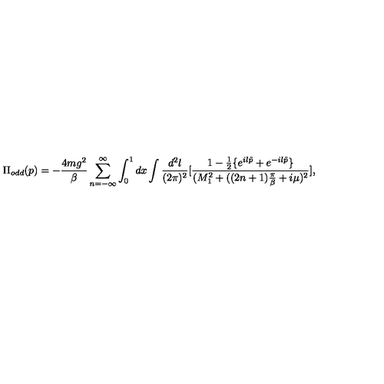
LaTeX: \Pi _ { o d d } ( p ) = - \frac { 4 m g ^ { 2 } } { \beta } \sum _ { n = - \infty } ^ { \infty } \int _ { 0 } ^ { 1 } d x \int \frac { d ^ { 2 } l } { ( 2 \pi ) ^ { 2 } } [ \frac { 1 - \frac { 1 } { 2 } \{ e ^ { i l \tilde { p } } + e ^ { - i l \tilde { p } } \} } { ( M _ { 1 } ^ { 2 } + ( ( 2 n + 1 ) \frac { \pi } { \beta } + i \mu ) ^ { 2 } } ] ,